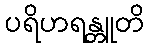
ပရိဟရန္တူတိ